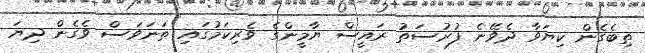
ތިބެގެން ކިޔަވާ ދެވޭނެ ފުރުސަތު ރައީސް ޔާމީންގެ ވެރިކަމުގައި ތަނަވަސް ވެގެން ދިޔަ